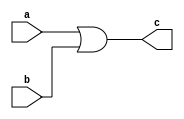
module Logic_or(a, b, c);
input a, b;
output c;
assign c = a | b;
endmodule